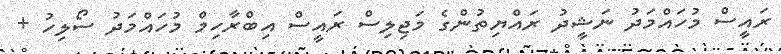
ރައީސް މުހައްމަދު ނަޝީދު ރައްޔިތުންގެ މަޖިލިސް ރައީސް އިބްރާހިމް މުހައްމަދު ސޯލިހު +